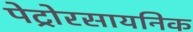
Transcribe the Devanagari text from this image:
पेट्रोरसायनिक